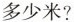
多少米?